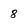
Character: 8